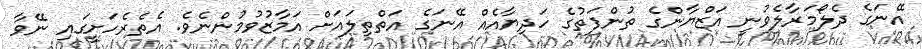
އޭނަގެ ދެލޯމަރާލެވުނީ އަޒްޔާންގެ ތުންފަތުގެ ހަދިޔާއެއް އޭނަގެ އަތްތިލައަށް އަމާޒުވުމުންނެވެ. އެތެރެހަށީގައި ނޭވާ